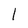
Character: 1